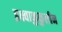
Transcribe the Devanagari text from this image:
इक्ष्वाकुकुलीन